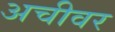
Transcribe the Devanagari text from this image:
अचीवर